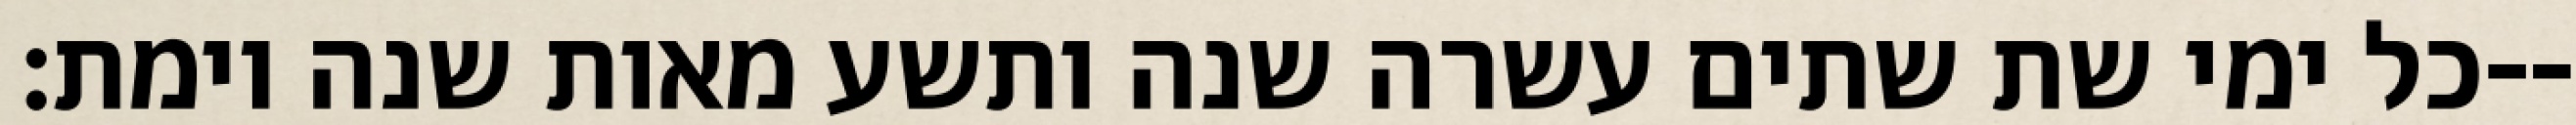
כל ימי שת שתים עשרה שנה ותשע מאות שנה וימת׃--